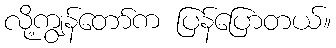
လို့ကျွန်တော်က ပြန်ပြောတယ်။